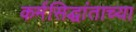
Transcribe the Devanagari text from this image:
कर्मसिद्धांताच्या